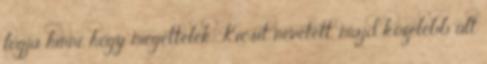
fogja hinni, hogy megettelek. Kicsit nevetett, majd közelebb ült